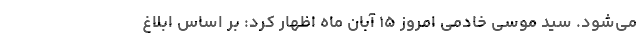
می‌شود. سید موسی خادمی امروز ۱۵ آبان ماه اظهار کرد: بر اساس ابلاغ